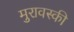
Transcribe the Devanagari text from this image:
मुरावस्की